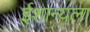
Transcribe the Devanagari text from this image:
ईशान्यला